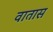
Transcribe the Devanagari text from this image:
वातास